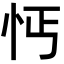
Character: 𢗙